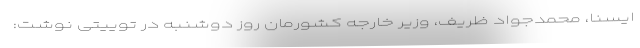
ایسنا، محمدجواد ظریف، وزیر خارجه کشورمان روز دوشنبه در توییتی نوشت: